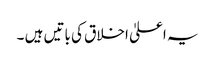
یہ اعلیٰ اخلاق کی باتیں ہیں ۔